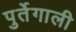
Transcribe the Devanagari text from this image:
पुर्तेगाली